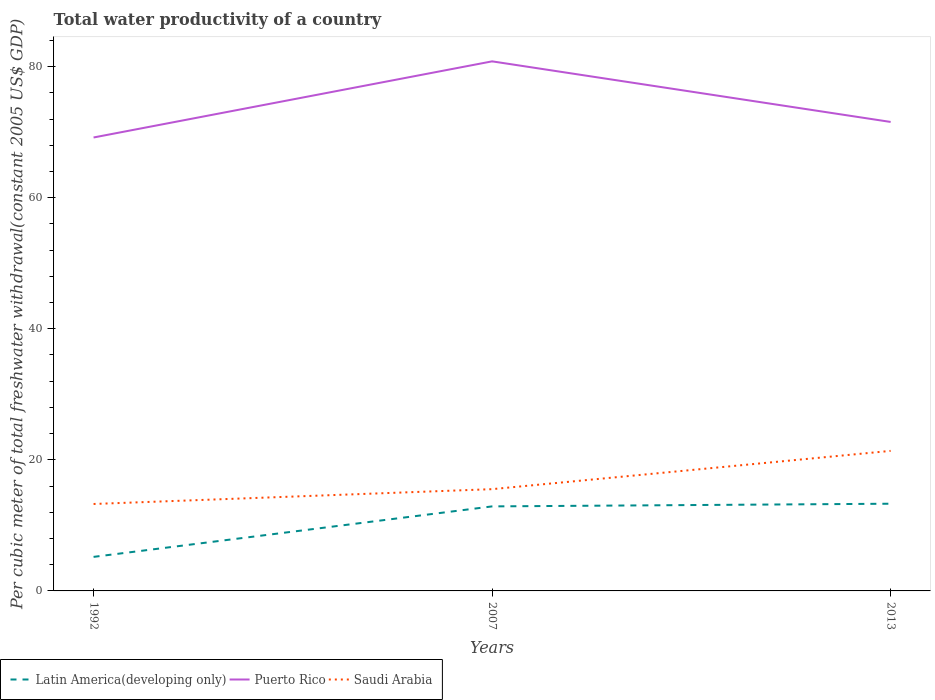
| Years | Latin America(developing only) | Puerto Rico | Saudi Arabia |
 | --- | --- | --- | --- |
 | 1992 | 5.19 | 69.2 | 13.3 |
 | 2007 | 12.9 | 80.8 | 15.5 |
 | 2013 | 13.3 | 71.6 | 21.4 |